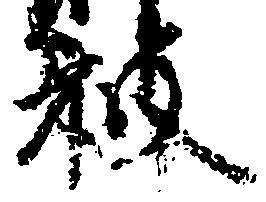
被